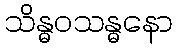
သိန္ဓဝသန္ဓနော